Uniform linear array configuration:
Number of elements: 12
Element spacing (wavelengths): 0.5
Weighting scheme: binomial
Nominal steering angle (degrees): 15
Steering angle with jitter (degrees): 15.481
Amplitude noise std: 0.05
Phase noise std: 0.05

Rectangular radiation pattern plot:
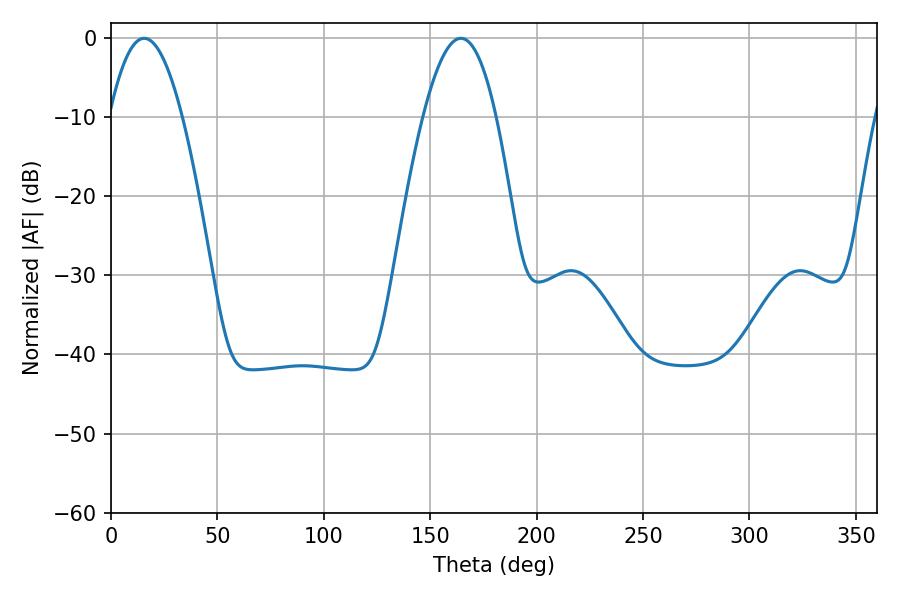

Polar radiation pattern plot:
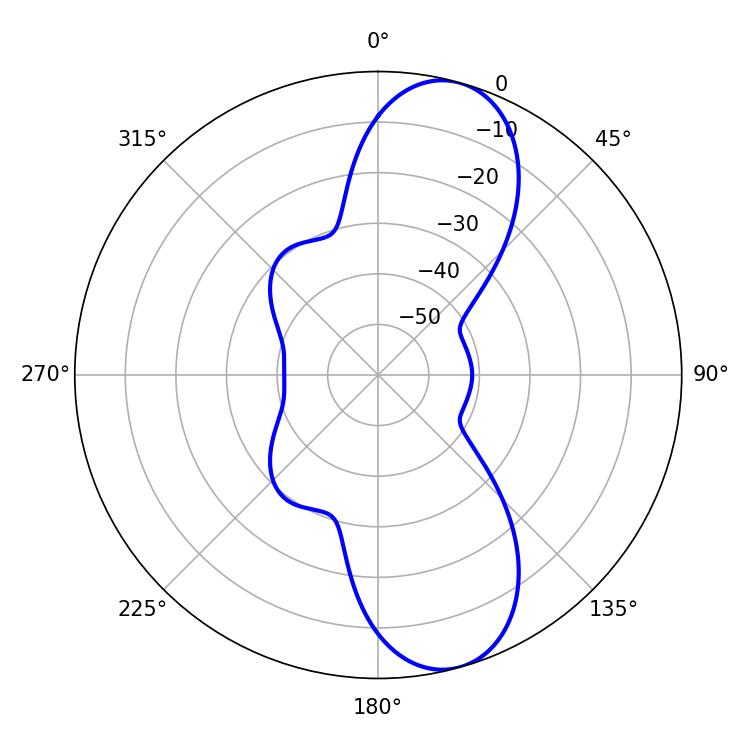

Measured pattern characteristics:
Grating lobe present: FALSE
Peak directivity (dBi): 10.178
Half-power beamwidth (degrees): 18.72
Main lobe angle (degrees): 15.66